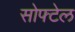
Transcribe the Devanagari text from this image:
सोफ्टेल